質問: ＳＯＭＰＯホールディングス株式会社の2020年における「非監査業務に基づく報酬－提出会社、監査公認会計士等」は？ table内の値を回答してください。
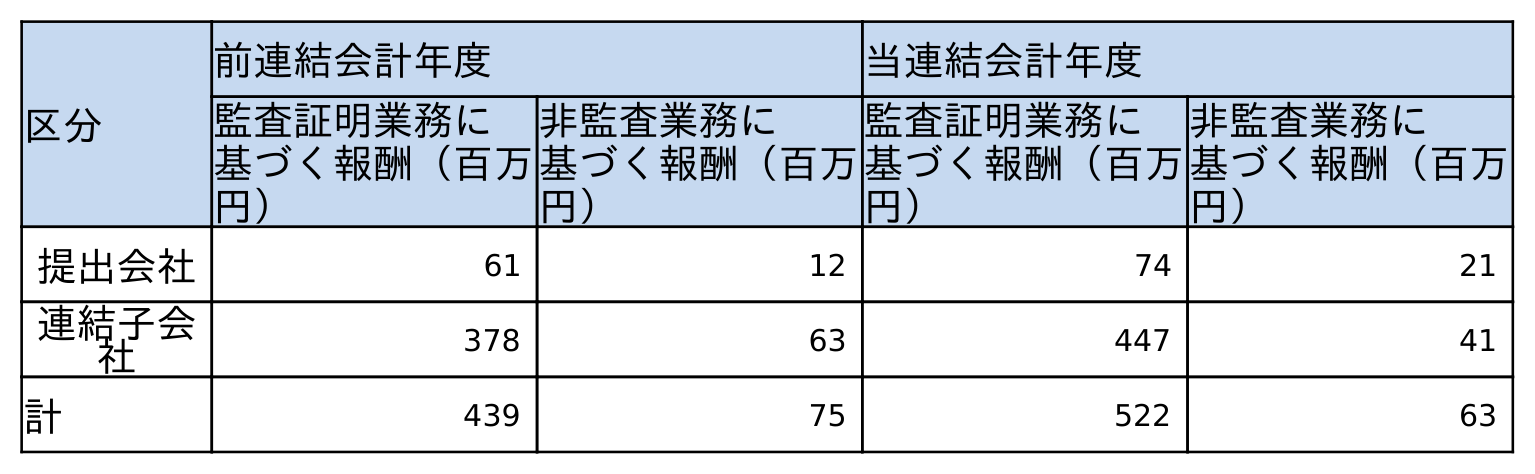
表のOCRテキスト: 区分 前連結会計年度 当連結会計年度 監査証明業務に 基づく報酬（百万 円） 非監査業務に 基づく報酬（百万 円） 監査証明業務に 基づく報酬（百万 円） 非監査業務に 基づく報酬（百万 円） 提出会社 61 12 74 21 連結子会 社 378 63 447 41 計 439 75 522 63
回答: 21